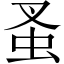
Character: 蚤